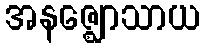
အနဇ္ဈောသာယ